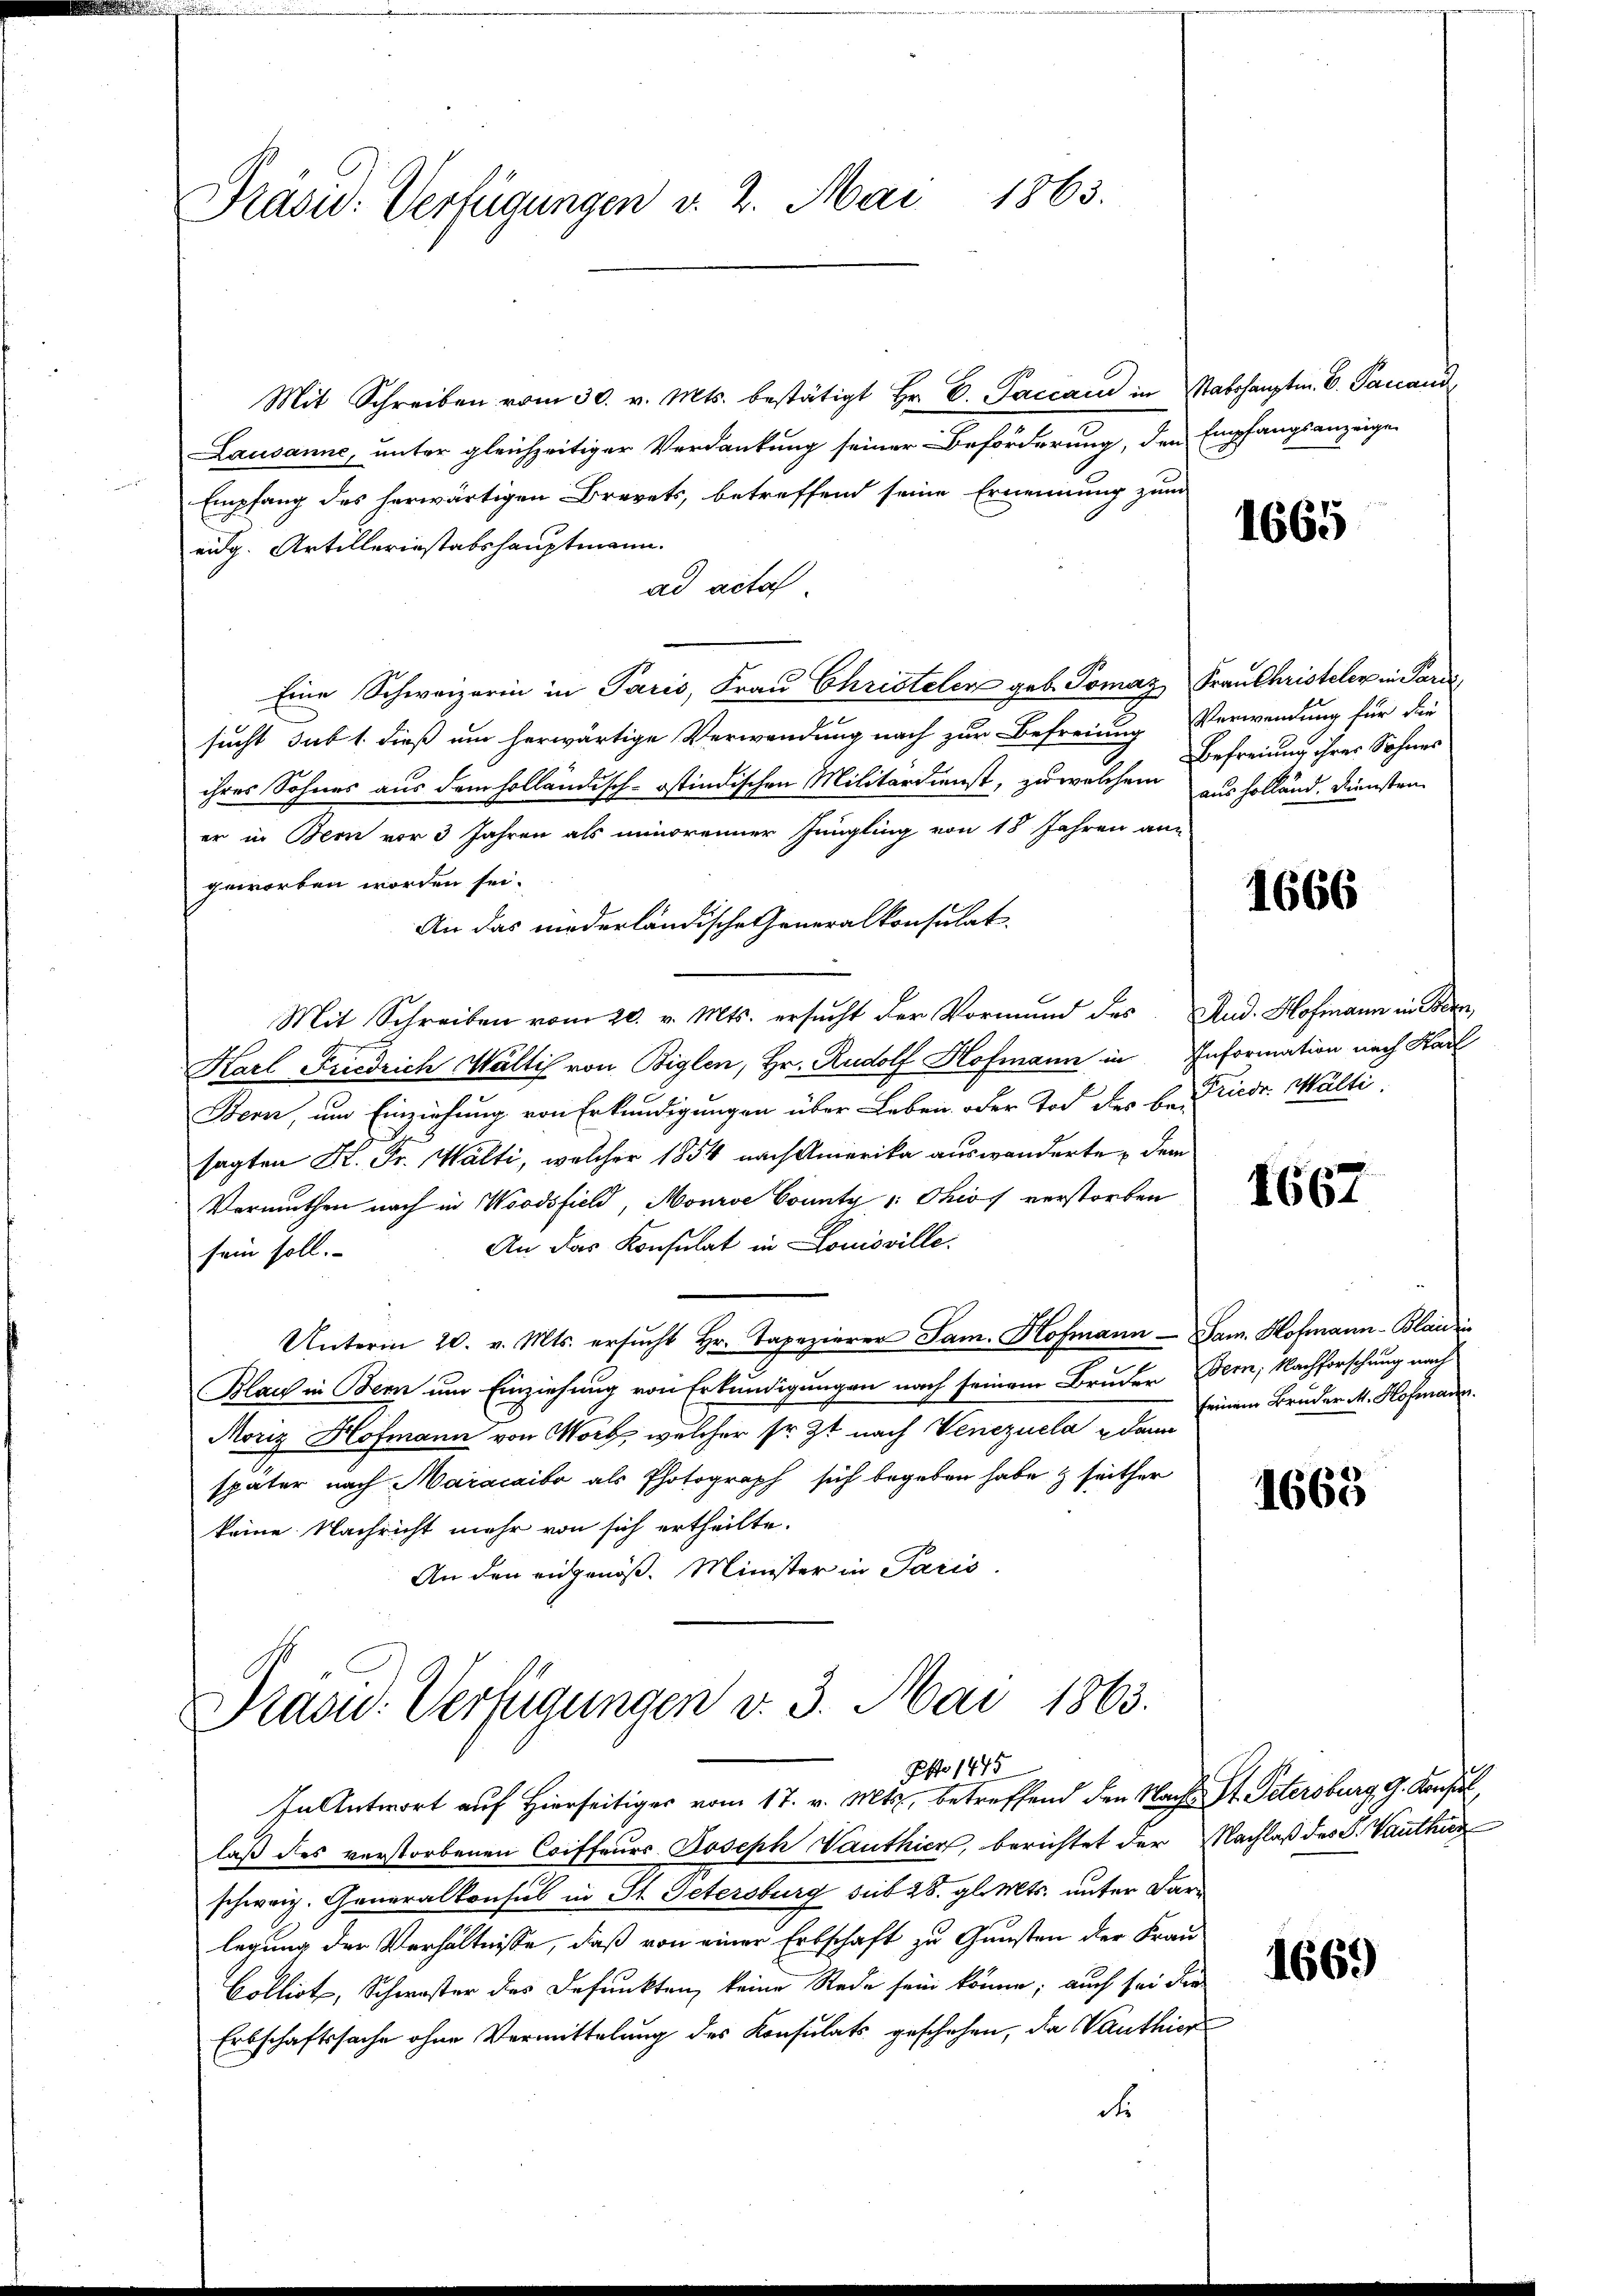
Präsid. Verfügungen v. 2. Mai 1863.

Mit Schreiben vom 30. v. Mts. bestätigt Hr. C. Paccau in Stabshauptm. E. Pancand
Lausanne, unter gleichzeitiger Verdankung seiner Beförderung, den Empfangsanzeige
Empfang des herwärtigen Brevets, betreffend seine Ernennung zum
eidg. Artillerinstabshauptmann.
ad acta
Eine Schweizerin in Paris, Frau Christelen geb. Tomar Frau Christeler in Pardi
sucht sub 1. dieß um herwärtige Verwendung nach zur Befreiung Verwendung für die
ihres Sohnes aus dem holländisch-östindischen Militärdienst, zu welchem ausholländ. Diensten
er in Bern vor 3 Jahren als minorenner Jüngling von 18 Jahren an
geworben worden sei.
An das niederländische Generalkonsulat.
Mit Schreiben vom 20. v. Mts. ersucht der Vormund des And. Hofmann in Bern,
Karl Friedrich Waltis von Biglen, Hr. Rudolf Hofmann in Information nach Karl
Bern, um Einziehung von Erkundigungen über Leben oder Tod des be-Friedr. Wälti
sagten K. Fr. Walti, welcher 1854 nach Amerika auswanderte, dem
Vermuthen nach in Woodsfield, Mourse County v: Ohios verstorben
An das Konsulat in Louisville.
sein soll.
Unterm 20. v. Mts. ersŭcht Hr. Tapezierer Jam. Hofmann - Sam. Hofmann-Blaudin
Blau in Bern um Einziehung von Erkundigungen nach seinem Bruder Fern, Nachforschung nach
Moriz Hofmann von Worb welcher sr. Zt nach Venezuela dann
später nach Maracaibo als Photograph sich begeben habe & seither
keine Nachricht mehr von sich ertheilte.
An den eidgenöß. Minister in Paris.

Prasw. Verfügungen v. 3. Mai 1863.
Otto 1475

In Antwort auf Hierseitiger vom 17. v. Mts., betreffend den Nacht St. Petersburg G. Konsil
laß des verstorbenen Coiffeurs Joseph Vauthier, berichtet der Nachlaß des S. Vauthier
schweiz. Generalkonsul in St. Petersburg sub 28. gl. Mts. unter Farlegung der Verhältnisse, daß von einer Erbschaft zu Gunsten der Frau
Collist, Schwester des Befunkten, keine Rede sein könne; auch sei die
Erbschaftssache ohne Vermittelung des Konsulats geschehen, da Vanthier
d

1665

Befreiung ihrer Sohnes

1666

1667

seinem Bruder M. Hofmann.

1663

1669